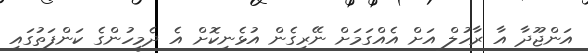
އަންޖޫދާ އާ ރާހުލް އަށް އެއްގަމަށް ނޭރިގެން އުޅެނިކޮށް އެ ދެމީހުންގެ ކަންފަތުގައި